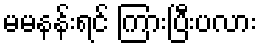
မမနန်းရင် ကြားပြီးပလား